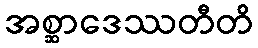
အစ္ဆာဒေဿတီတိ